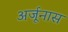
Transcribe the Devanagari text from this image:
अर्जूनास